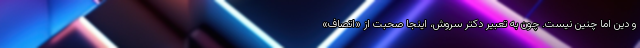
و دین اما چنین نیست. چون به تعبیر دکتر سروش، اینجا صحبت از «اتصاف»